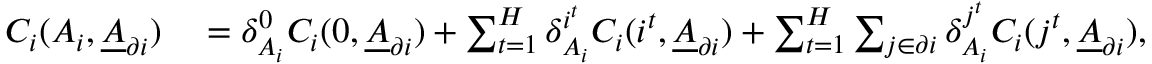
\begin{array} { r l } { C _ { i } ( A _ { i } , \underline { { A } } _ { \partial i } ) } & { { } = \delta _ { A _ { i } } ^ { 0 } C _ { i } ( 0 , \underline { { A } } _ { \partial i } ) + \sum _ { t = 1 } ^ { H } \delta _ { A _ { i } } ^ { i ^ { t } } C _ { i } ( i ^ { t } , \underline { { A } } _ { \partial i } ) + \sum _ { t = 1 } ^ { H } \sum _ { j \in \partial i } \delta _ { A _ { i } } ^ { j ^ { t } } C _ { i } ( j ^ { t } , \underline { { A } } _ { \partial i } ) , } \end{array}